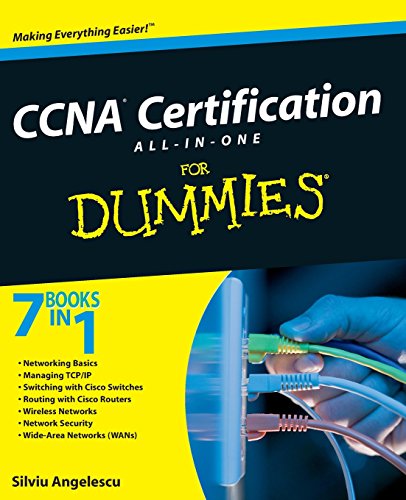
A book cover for CCNA Certification All-In-One For Dummies; Silviu Angelescu; Computers & Technology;